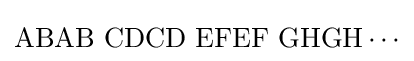
\mathrm {ABAB\,\,CDCD\,\,EFEF\,\,GHGH\cdots }